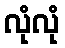
လုံလုံ